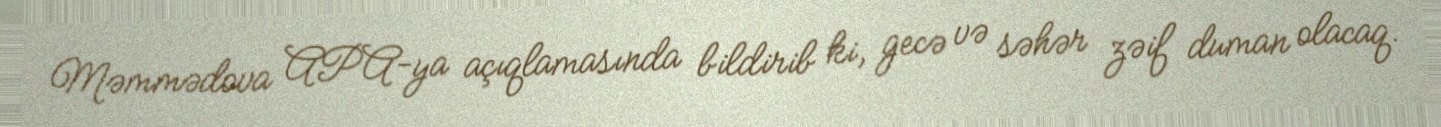
Məmmədova APA-ya açıqlamasında bildirib ki, gecə və səhər zəif duman olacaq.